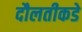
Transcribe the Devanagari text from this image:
दौलतीकडे